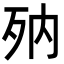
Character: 𣧍